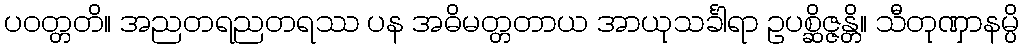
ပဝတ္တတိ။ အညတရညတရဿ ပန အဓိမတ္တတာယ အာယုသင်္ခါရာ ဥပစ္ဆိဇ္ဇန္တိ။ သီတုဏှာနမ္ပိ